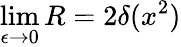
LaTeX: \operatorname*{lim}_{\epsilon\to 0}R=2\delta(x^{2})